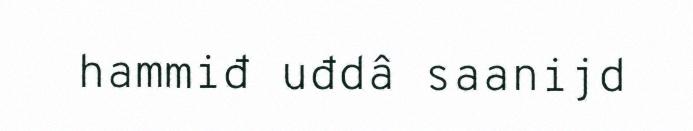
hammiđ uđdâ saanijd